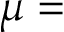
\mu =